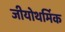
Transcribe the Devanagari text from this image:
जीयोथर्मिक